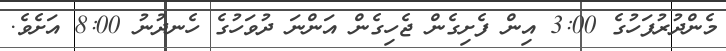
މެންދުރުފަހުގެ 3:00 އިން ފެށިގެން ޖެހިގެން އަންނަ ދުވަހުގެ ހެނދުނު 8:00 އަށެވެ.